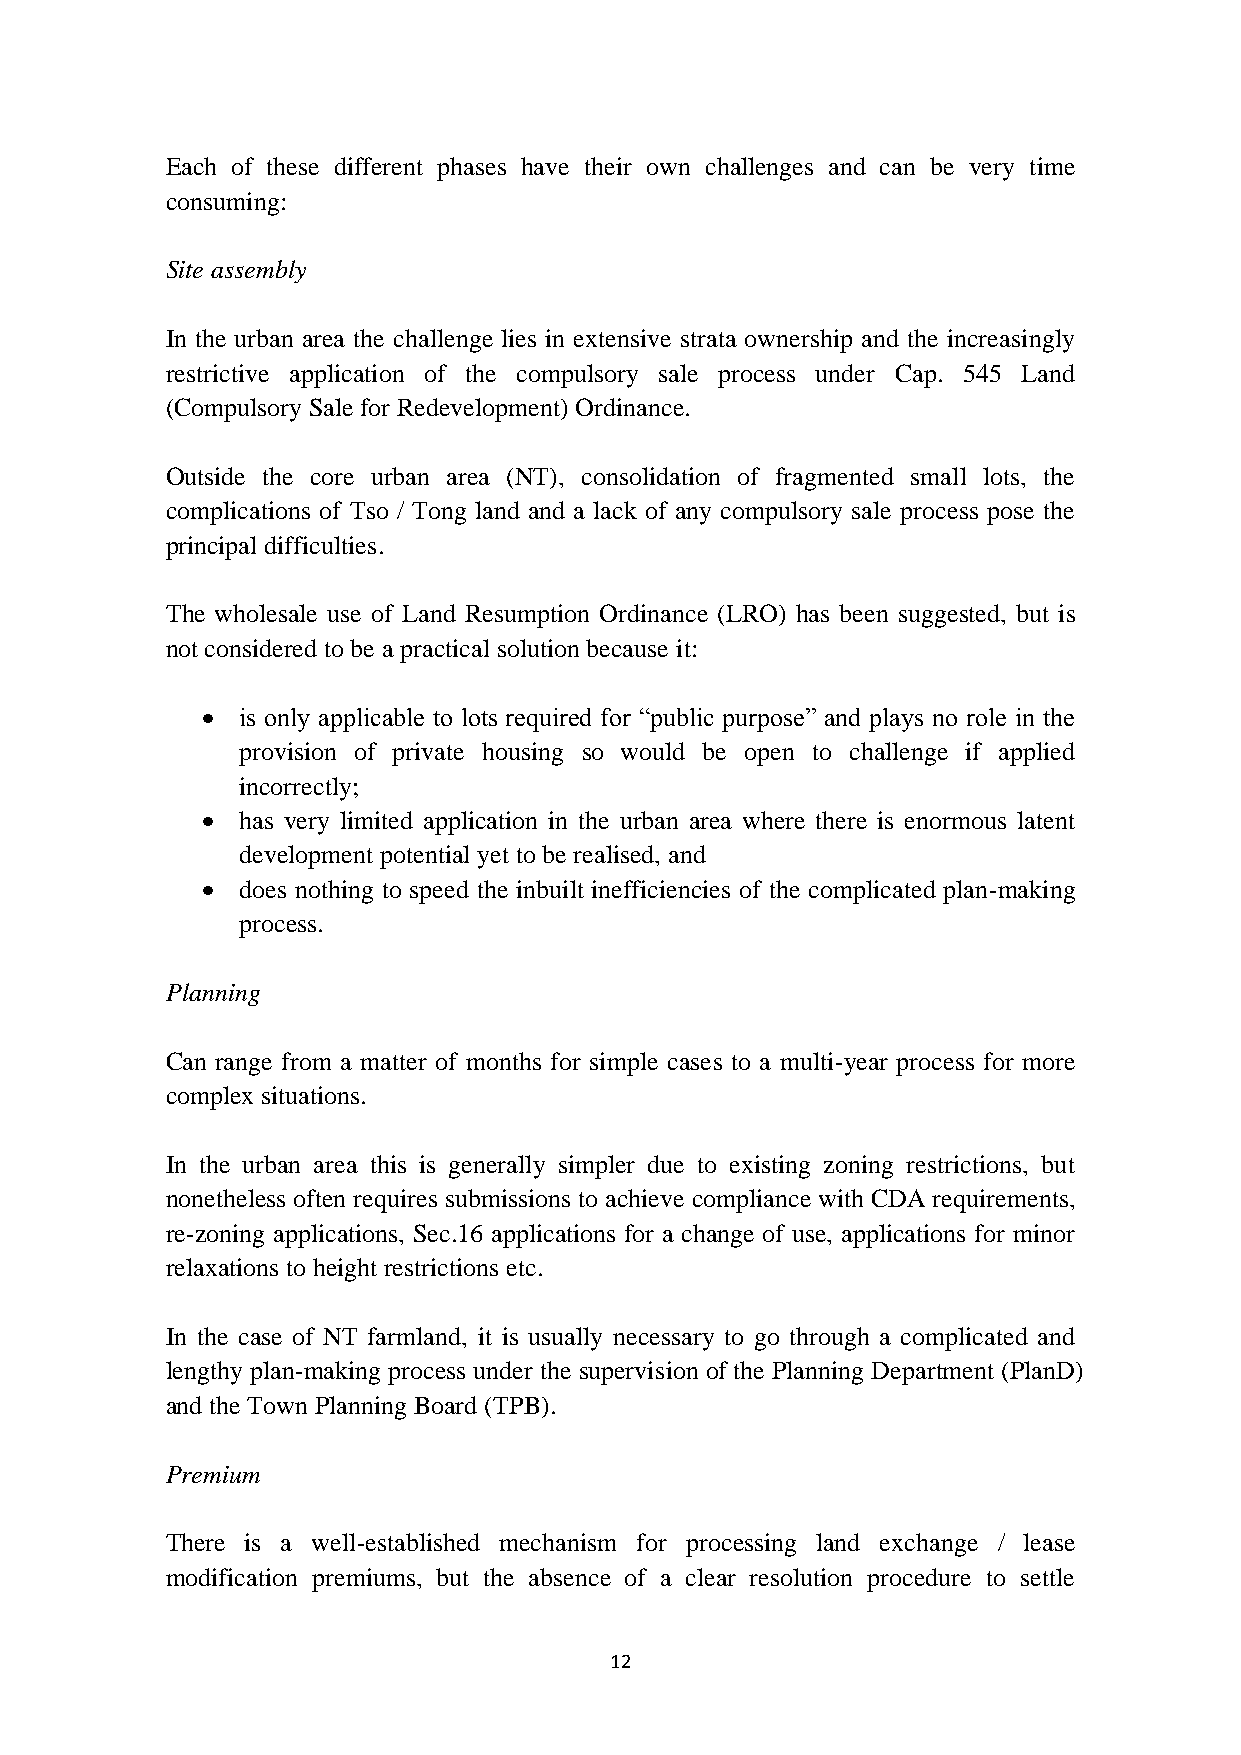
Each of these different phases have their own challenges and can be very time
 consuming:
 Site assembly
 In the urban area the challenge lies in extensive strata ownership and the increasingly
 restrictive application of the compulsory sale process under Cap. 545 Land
 (Compulsory Sale for Redevelopment) Ordinance.
 Outside the core urban area (NT), consolidation of fragmented small lots, the
 complications of Tso / Tong land and a lack of any compulsory sale process pose the
 principal difficulties.
 The wholesale use of Land Resumption Ordinance (LRO) has been suggested, but is
 not considered to be a practical solution because it:
   is only applicable to lots required for “public purpose” and plays no role in the
 provision of private housing so would be open to challenge if applied
 incorrectly;
   has very limited application in the urban area where there is enormous latent
 development potential yet to be realised, and
   does nothing to speed the inbuilt inefficiencies of the complicated plan-making
 process.
 Planning
 Can range from a matter of months for simple cases to a multi-year process for more
 complex situations.
 In the urban area this is generally simpler due to existing zoning restrictions, but
 nonetheless often requires submissions to achieve compliance with CDA requirements,
 re-zoning applications, Sec.16 applications for a change of use, applications for minor
 relaxations to height restrictions etc.
 In the case of NT farmland, it is usually necessary to go through a complicated and
 lengthy plan-making process under the supervision of the Planning Department (PlanD)
 and the Town Planning Board (TPB).
 Premium
 There is a well-established mechanism for processing land exchange / lease
 modification premiums, but the absence of a clear resolution procedure to settle
 12